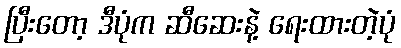
ပြီးတော့ ဒီပုံက ဆီဆေးနဲ့ ရေးထားတဲ့ပုံ